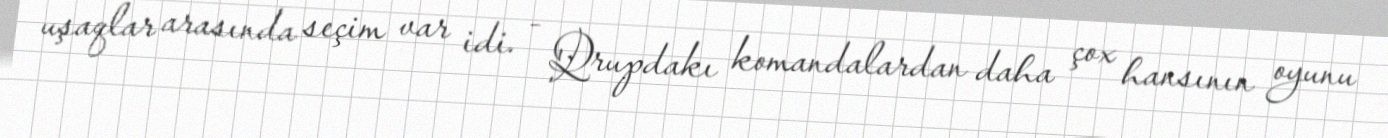
uşaqlar arasında seçim var idi. - Qrupdakı komandalardan daha çox hansının oyunu